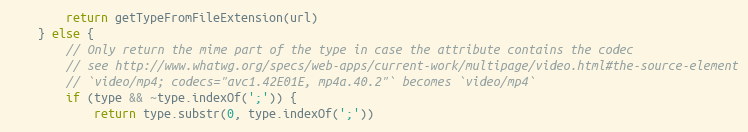
Language: JavaScript
		return getTypeFromFileExtension(url)
	} else {
		// Only return the mime part of the type in case the attribute contains the codec
		// see http://www.whatwg.org/specs/web-apps/current-work/multipage/video.html#the-source-element
		// `video/mp4; codecs="avc1.42E01E, mp4a.40.2"` becomes `video/mp4`
		if (type && ~type.indexOf(';')) {
			return type.substr(0, type.indexOf(';'))